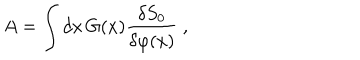
LaTeX: A = \int d x \, G ( x ) \frac { \delta S _ { 0 } } { \delta \varphi ( x ) } \ ,